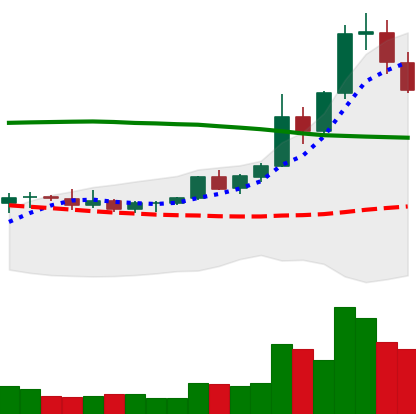
Ticker: XRP-USD
Chart end date: 2021-08-17
Forward return: 11.794%
Label: up_7plus